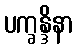
ပက္ခန္ဒိနာ